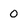
Character: 0